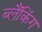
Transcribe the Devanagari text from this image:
ब्लैंकिंग